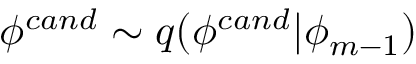
\phi ^ { c a n d } \sim q ( \phi ^ { c a n d } | \phi _ { m - 1 } )